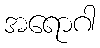
အရောဂါ